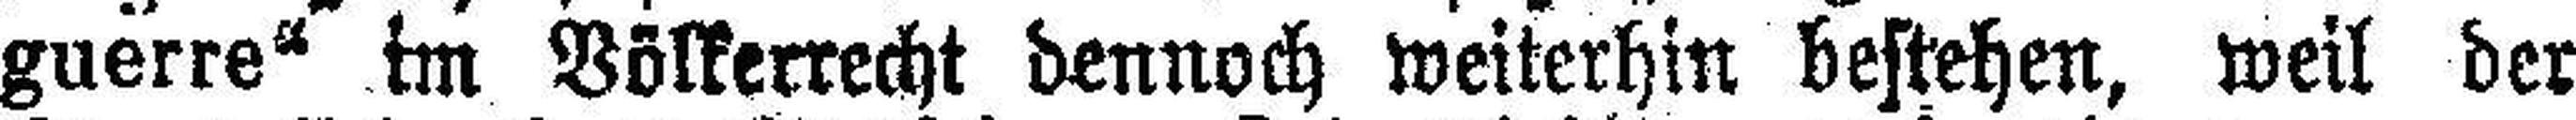
guerre“ im Völkerrecht dennoch weiterhin bestehen, weil der